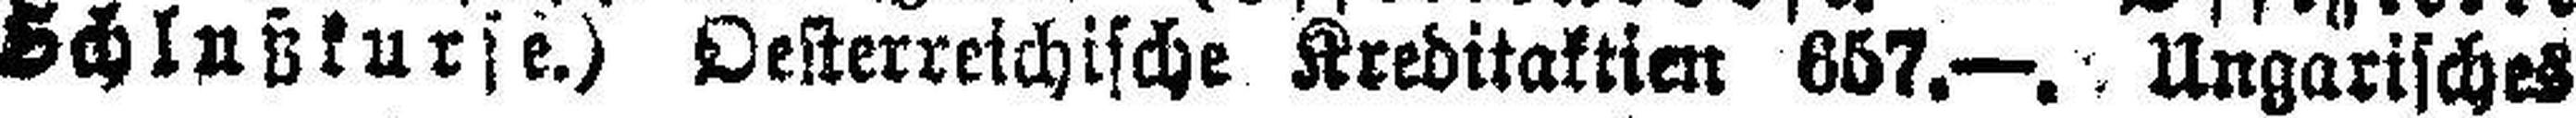
Schlußkurse.) Oesterreichische Kreditaktien 657.—. Ungarisches